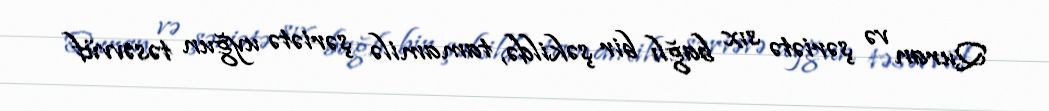
Quran və şəriətə sıx bağlı bir şəkildə, tamamilə şəriətə uyğun təsəvvüf